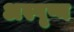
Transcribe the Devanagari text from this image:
अस्पृष्य